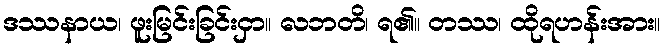
ဒဿနာယ၊ ဖူးမြင်းခြင်းငှာ။ လဘတိ၊ ရ၏။ တဿ၊ ထိုရဟန်းအား။